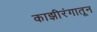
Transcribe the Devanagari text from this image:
काझीरंगातून